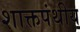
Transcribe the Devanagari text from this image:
शाक्तपंथीय